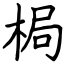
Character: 梮